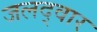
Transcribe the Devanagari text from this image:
जलद्वार